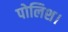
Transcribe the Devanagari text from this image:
पोलिश।